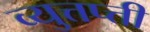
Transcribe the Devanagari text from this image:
व्युत्तप्त्ती